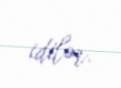
idilər.